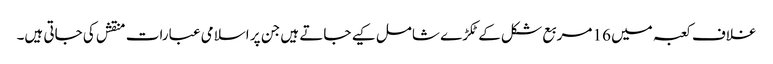
غلاف کعبہ میں 16 مربع شکل کےٹکڑے شامل کیے جاتے ہیں جن پر اسلامی عبارات منقش کی جاتی ہیں۔